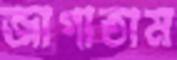
জাগাতাম